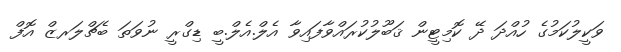
ވަކީލުކަމުގެ ހުއްދަ ދޭ ކޮމިޓީން ޤަބޫލުކުރައްވާފައިވާ އެލް.އެލް.ބީ ޑިގްރީ ނުވަތަ ބެޗްލަރޒް އޮފް